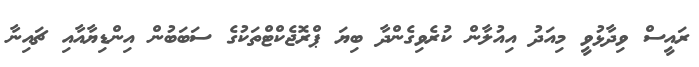
ރައީސް ވިދާޅުވީ މިއަދު އިއުލާން ކުރެވިގެންދާ ބިޔަ ޕްރޮޖެކްޓްތަކުގެ ސަބަބުން އިންޑިޔާއާއި ޗައިނާ